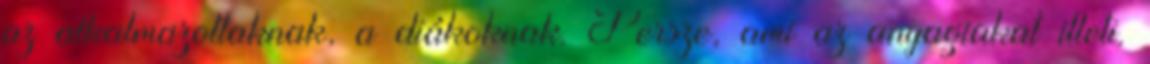
az alkalmazottaknak, a diákoknak. Persze, ami az anyagiakat illeti.